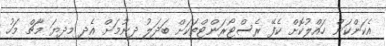
އެކަންކަން ހައްލުކޮށް ކެފޭ ރެސްޓޯރަންޓްތަކަށް ބަދަލު ދިނުމަށް އެދި މިދިޔަ މާޗް މަހު